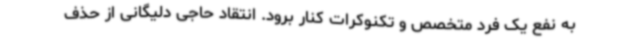
به نفع یک فرد متخصص و تکنوکرات کنار برود. انتقاد حاجی دلیگانی از حذف